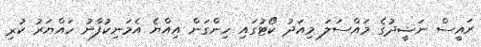
ރައީސް ނަޝީދުގެ މައްސަލަ މިއަދު ކޯޓުގައި ހިންގަން އިއްޔެ އެމަނިކުފާނު ހައްޔަރު ކުރި